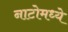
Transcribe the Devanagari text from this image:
नाटोमध्ये